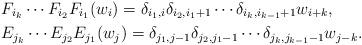
LaTeX: \begin{align*} & F_{i_k}\cdots F_{i_2}F_{i_1}(w_i)=\delta_{i_1,i}\delta_{i_2,i_1+1}\cdots\delta_{i_k,i_{k-1}+1}w_{i+k},\\ & E_{j_k}\cdots E_{j_2}E_{j_1}(w_j)=\delta_{j_1,j-1}\delta_{j_2,j_1-1}\cdots\delta_{j_k,j_{k-1}-1}w_{j-k}.\end{align*}